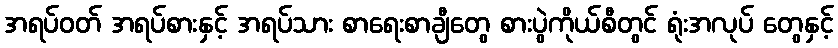
အရပ်ဝတ် အရပ်စားနှင့် အရပ်သား စာရေးစာချီတွေ စားပွဲကိုယ်စီတွင် ရုံးအလုပ် တွေနှင့်